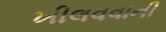
ખીલવવાની